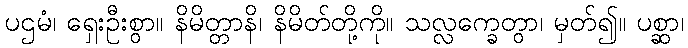
ပဌမံ၊ ရှေးဦးစွာ။ နိမိတ္တာနိ၊ နိမိတ်တို့ကို။ သလ္လက္ခေတွာ၊ မှတ်၍။ ပစ္ဆာ၊